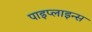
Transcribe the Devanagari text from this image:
पाइप्लाइन्स